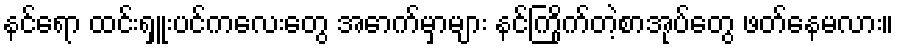
နင်ရော ထင်းရှူးပင်ကလေးတွေ အောက်မှာများ နင်ကြိုက်တဲ့စာအုပ်တွေ ဖတ်နေမလား။